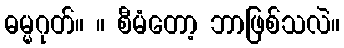
ဓမ္မဂုတ်။ ။ စီမံတော့ ဘာဖြစ်သလဲ။